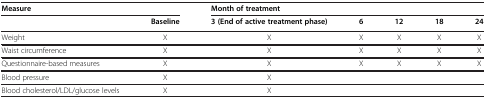
| <COLSPAN=2> Measure | <COLSPAN=5> Month of treatment |
 |  | Baseline | 3 (End of active treatment phase) | 6 | 12 | 18 | 24 |
 | --- | --- | --- | --- | --- | --- | --- |
 | Weight | X | X | X | X | X | X |
 | Waist circumference | X | X | X | X | X | X |
 | Questionnaire-based measures | X | X | X | X | X | X |
 | Blood pressure | X | X |  |  |  |  |
 | Blood cholesterol/LDL/glucose levels | X | X |  |  |  |  |